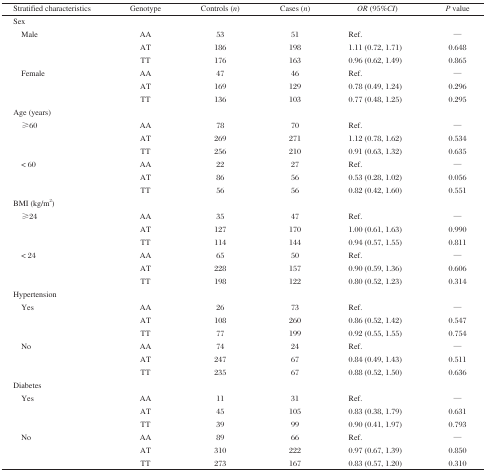
<table><thead><tr><td><b>Stratified characteristics</b></td><td><b>Genotype</b></td><td><b>Controls (<i>n</i>)</b></td><td><b>Cases (<i>n</i>)</b></td><td><b><i>OR</i> (95%<i>CI</i>)</b></td><td><b><i>P</i> value</b></td></tr></thead><tbody><tr><td>Sex</td><td></td><td></td><td></td><td></td><td></td></tr><tr><td rowspan="3"> Male</td><td>AA</td><td>53</td><td>51</td><td>Ref.</td><td>—</td></tr><tr><td>AT</td><td>186</td><td>198</td><td>1.11 (0.72, 1.71)</td><td>0.648</td></tr><tr><td>TT</td><td>176</td><td>163</td><td>0.96 (0.62, 1.49)</td><td>0.865</td></tr><tr><td rowspan="3"> Female</td><td>AA</td><td>47</td><td>46</td><td>Ref.</td><td>—</td></tr><tr><td>AT</td><td>169</td><td>129</td><td>0.78 (0.49, 1.24)</td><td>0.296</td></tr><tr><td>TT</td><td>136</td><td>103</td><td>0.77 (0.48, 1.25)</td><td>0.295</td></tr><tr><td>Age (years)</td><td></td><td></td><td></td><td></td><td></td></tr><tr><td rowspan="3"> ≥60</td><td>AA</td><td>78</td><td>70</td><td>Ref.</td><td>—</td></tr><tr><td>AT</td><td>269</td><td>271</td><td>1.12 (0.78, 1.62)</td><td>0.534</td></tr><tr><td>TT</td><td>256</td><td>210</td><td>0.91 (0.63, 1.32)</td><td>0.635</td></tr><tr><td rowspan="3"> &lt; 60</td><td>AA</td><td>22</td><td>27</td><td>Ref.</td><td>—</td></tr><tr><td>AT</td><td>86</td><td>56</td><td>0.53 (0.28, 1.02)</td><td>0.056</td></tr><tr><td>TT</td><td>56</td><td>56</td><td>0.82 (0.42, 1.60)</td><td>0.551</td></tr><tr><td>BMI (kg/m<sup>2</sup>)</td><td></td><td></td><td></td><td></td><td></td></tr><tr><td rowspan="3"> ≥24</td><td>AA</td><td>35</td><td>47</td><td>Ref.</td><td>—</td></tr><tr><td>AT</td><td>127</td><td>170</td><td>1.00 (0.61, 1.63)</td><td>0.990</td></tr><tr><td>TT</td><td>114</td><td>144</td><td>0.94 (0.57, 1.55)</td><td>0.811</td></tr><tr><td rowspan="3"> &lt; 24</td><td>AA</td><td>65</td><td>50</td><td>Ref.</td><td>—</td></tr><tr><td>AT</td><td>228</td><td>157</td><td>0.90 (0.59, 1.36)</td><td>0.606</td></tr><tr><td>TT</td><td>198</td><td>122</td><td>0.80 (0.52, 1.23)</td><td>0.314</td></tr><tr><td>Hypertension</td><td></td><td></td><td></td><td></td><td></td></tr><tr><td rowspan="3"> Yes</td><td>AA</td><td>26</td><td>73</td><td>Ref.</td><td>—</td></tr><tr><td>AT</td><td>108</td><td>260</td><td>0.86 (0.52, 1.42)</td><td>0.547</td></tr><tr><td>TT</td><td>77</td><td>199</td><td>0.92 (0.55, 1.55)</td><td>0.754</td></tr><tr><td rowspan="3"> No</td><td>AA</td><td>74</td><td>24</td><td>Ref.</td><td>—</td></tr><tr><td>AT</td><td>247</td><td>67</td><td>0.84 (0.49, 1.43)</td><td>0.511</td></tr><tr><td>TT</td><td>235</td><td>67</td><td>0.88 (0.52, 1.50)</td><td>0.636</td></tr><tr><td>Diabetes</td><td></td><td></td><td></td><td></td><td></td></tr><tr><td rowspan="3"> Yes</td><td>AA</td><td>11</td><td>31</td><td>Ref.</td><td>—</td></tr><tr><td>AT</td><td>45</td><td>105</td><td>0.83 (0.38, 1.79)</td><td>0.631</td></tr><tr><td>TT</td><td>39</td><td>99</td><td>0.90 (0.41, 1.97)</td><td>0.793</td></tr><tr><td rowspan="3"> No</td><td>AA</td><td>89</td><td>66</td><td>Ref</td><td>—</td></tr><tr><td>AT</td><td>310</td><td>222</td><td>0.97 (0.67, 1.39)</td><td>0.850</td></tr><tr><td>TT</td><td>273</td><td>167</td><td>0.83 (0.57, 1.20)</td><td>0.310</td></tr></tbody></table>